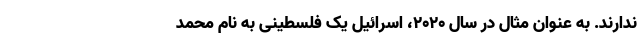
ندارند. به عنوان مثال در سال 2020، اسرائیل یک فلسطینی به نام محمد